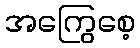
အကြွေစေ့